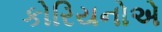
કોરિયનોએ